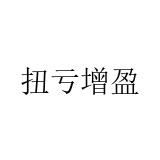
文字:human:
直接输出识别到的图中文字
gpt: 扭亏增盈